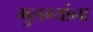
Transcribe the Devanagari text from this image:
मुलग्यांना